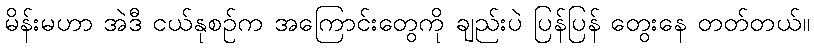
မိန်းမဟာ အဲဒီ ငယ်နုစဉ်က အကြောင်းတွေကို ချည်းပဲ ပြန်ပြန် တွေးနေ တတ်တယ်။